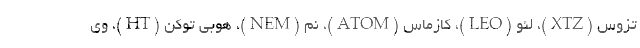
تزوس (XTZ)، لئو (LEO)، کازماس (ATOM)، نم (NEM)، هوبی توکن (HT)، وی